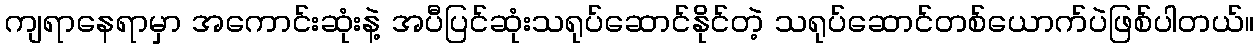
ကျရာနေရာမှာ အကောင်းဆုံးနဲ့ အပီပြင်ဆုံးသရုပ်ဆောင်နိုင်တဲ့ သရုပ်ဆောင်တစ်ယောက်ပဲဖြစ်ပါတယ်။